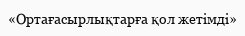
«Ортағасырлықтарға қол жетімді»